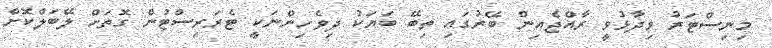
މިނިސްޓަރު ވިދާޅުވީ ރާއްޖެއިން ބޭރުގައި ތިބޭ ބަޔަކު ދިވެހިންނަކީ ޓެރަރިސްޓުން ގޮތަށް ލޭބަލްކޮށް